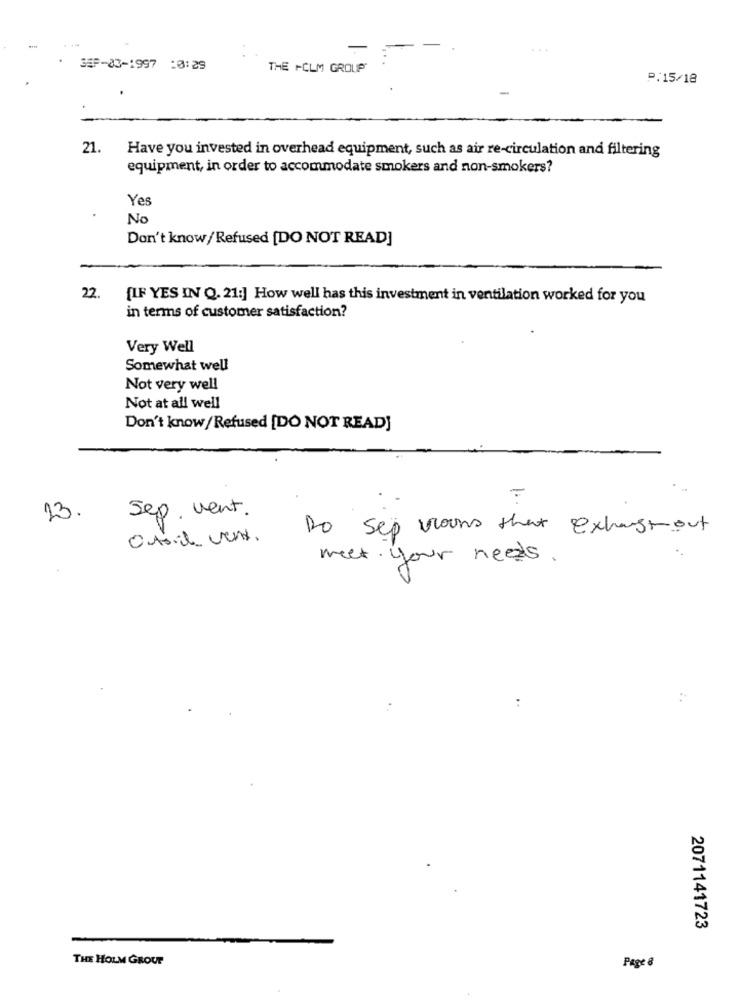
...
* 35-03-1997 :0:29
THE HOLM GROUP
P:15/18
21.
Have you invested in overhead equipment, such as air re-circulation and filtering
equipment, in order to accommodate smokers and non-smokers?
Yes
No
Don't know / Refused [DO NOT READ]
22.
{IF YES IN Q. 21:] How well has this investment in ventilation worked for you
in terms of customer satisfaction?
Very Well
Somewhat well
Not very well
Not at all well
Don't know/ Refused [DO NOT READ]
23.
Sep . vent.
Do sep vroon that exhaust out
meet your needs.
2071141723
THE HOLM GROUP
Page 8